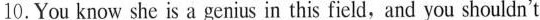
10.You know she is a genius in this field, and you shouldn't